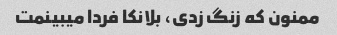
ممنون که زنگ زدی، بلانکا فردا میبینمت